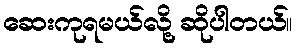
ဆေးကုရမယ်လို့ ဆိုပါတယ်။